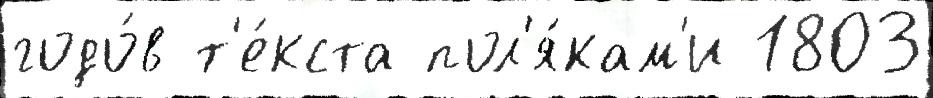
годо́в т'е́кста пол'я́кам'и 1803